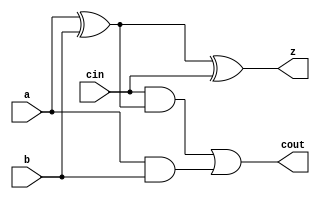
module yAdder1(z, cout, a, b, cin);
output z, cout;
input a, b, cin;


xor (p1, a, b);
xor (z, p1, cin);
and (p2, a, b);
and (p3, cin, p1);
or (cout, p3, p2);

endmodule